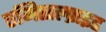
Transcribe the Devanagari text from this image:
एमिसल्प्राइड